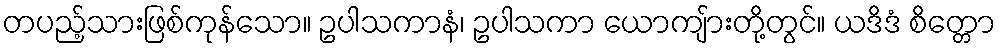
တပည့်သားဖြစ်ကုန်သော။ ဥပါသကာနံ၊ ဥပါသကာ ယောကျ်ားတို့တွင်။ ယဒိဒံ စိတ္တော